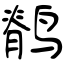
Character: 鹡